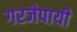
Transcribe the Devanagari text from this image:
गरजेपायी